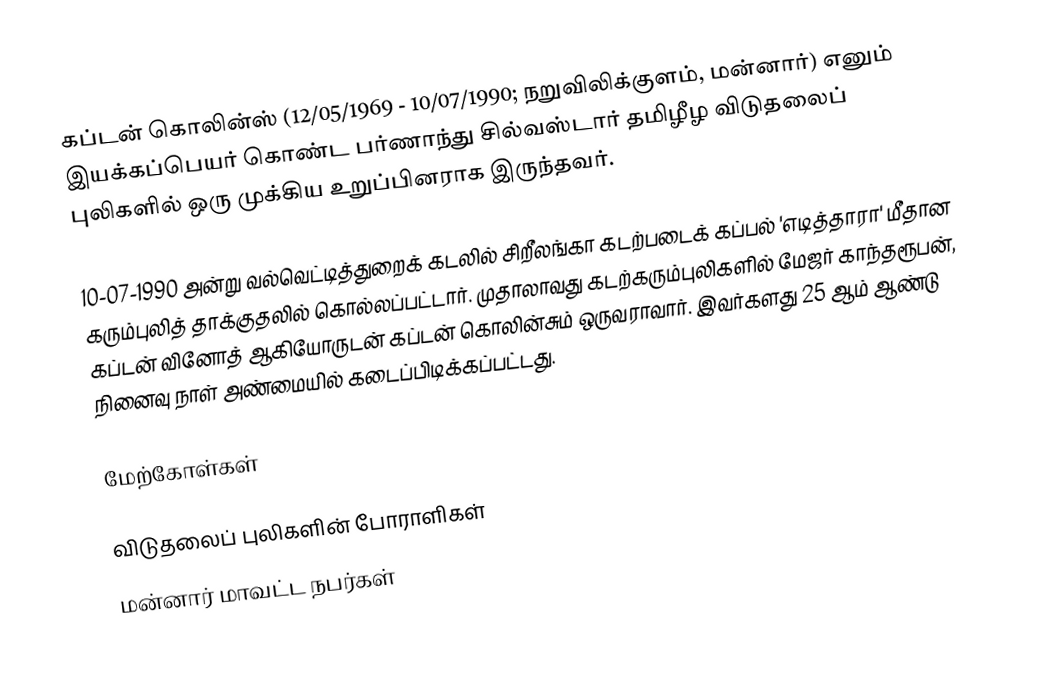
கப்டன் கொலின்ஸ் (12/05/1969 - 10/07/1990; நறுவிலிக்குளம், மன்னார்) எனும் இயக்கப்பெயர் கொண்ட பர்ணாந்து சில்வஸ்டார் தமிழீழ விடுதலைப் புலிகளில் ஒரு முக்கிய உறுப்பினராக இருந்தவர்.

10-07-1990  அன்று வல்வெட்டித்துறைக் கடலில் சிறீலங்கா கடற்படைக் கப்பல் 'எடித்தாரா' மீதான கரும்புலித் தாக்குதலில் கொல்லப்பட்டார். முதாலாவது கடற்கரும்புலிகளில் மேஜர் காந்தரூபன், கப்டன் வினோத் ஆகியோருடன் கப்டன் கொலின்சும் ஒருவராவார். இவர்களது 25 ஆம் ஆண்டு நினைவு நாள் அண்மையில் கடைப்பிடிக்கப்பட்டது.

மேற்கோள்கள்

விடுதலைப் புலிகளின் போராளிகள்
மன்னார் மாவட்ட நபர்கள்